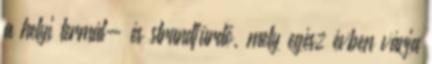
a helyi termál- és strandfürdő, mely egész évben várja